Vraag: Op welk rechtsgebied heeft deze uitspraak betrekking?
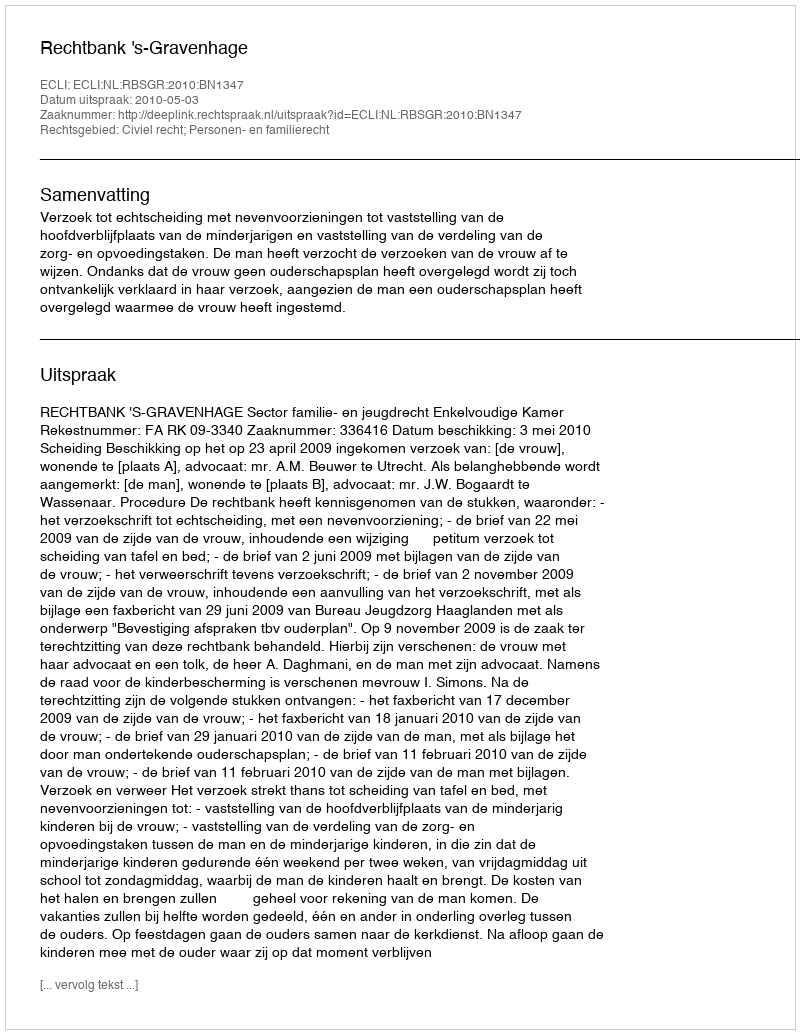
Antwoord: Civiel recht; Personen- en familierecht